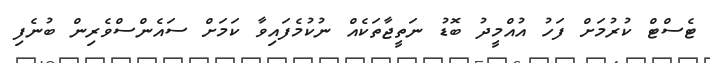
ޓެސްޓް ކުރުމަށް ފަހު އުއްމީދު ބޮޑު ނަތީޖާތަކެއް ނުކުމެފައިވާ ކަމަށް ސައެންސްވެރިން ބުނެފި